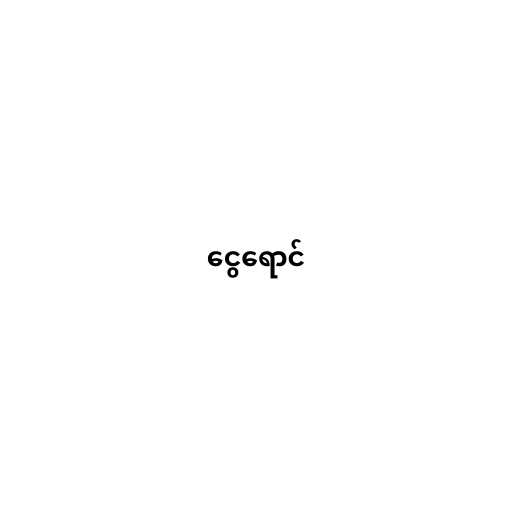
ငွေရောင်